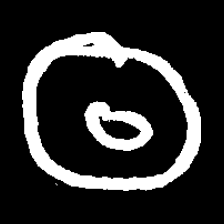
Pyu character \u2014 Myanmar letter: ထ (romanized: tha)